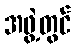
အဖွဲ့တွင်